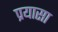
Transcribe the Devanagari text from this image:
प्रयासा